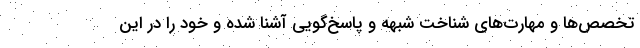
تخصص‌ها و مهارت‌های شناخت شبهه و پاسخ‌گویی آشنا شده و خود را در این